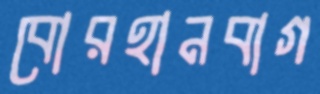
বোরহানবাগ